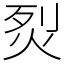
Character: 烮